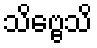
သိဗ္ဗေသိ